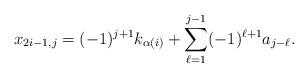
LaTeX: \begin{align*} x_{2i-1,j} = (-1)^{j+1} k_{\alpha(i)} + \sum_{\ell=1}^{j-1} (-1)^{\ell+1} a_{j-\ell}.\end{align*}